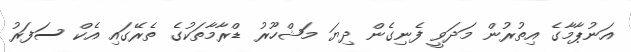
އަނުޕާމާގެ އިތުރުން މަދަވީ ފެނިގެން ދިޔަ މަޝްހޫރު ޑްރާމާތަކުގެ ތެރޭގައި އެކް ސަފަރު